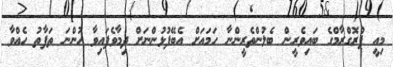
މިއީ ޕްރޮގްރާމްގެ ބައިވެރީން ބެލުންތެރީންނާ ހަމައަށް އެބޭފުޅުންނަށް ދިމާވެފައިވާ ހުންނަ ތަފާތު ހެއްވާ